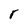
Character: r